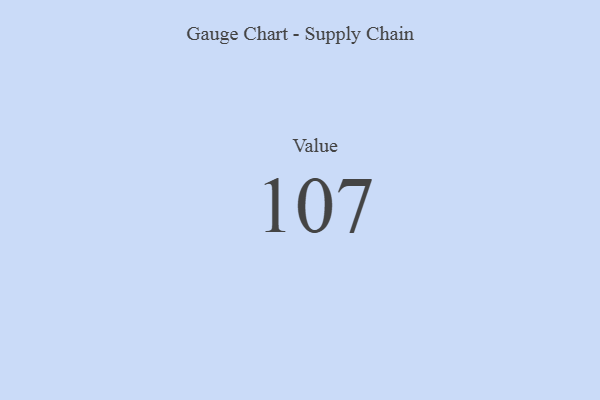
{"axis": {"x": "Metric", "y": "Value"}, "legend": [""], "data": [{"x": "Value", "y": 107, "type": ""}]}